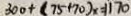
3 0 0 + ( 7 5 + 7 0 ) _ { x } = 1 1 7 0